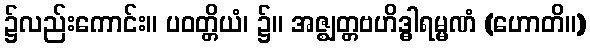
၌လည်းကောင်း။ ပဝတ္တိယံ၊ ၌။ အဇ္ဈတ္တဗဟိဒ္ဓါရမ္မဏံ (ဟောတိ။)